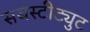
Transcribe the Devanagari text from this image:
सबस्टीट्युट